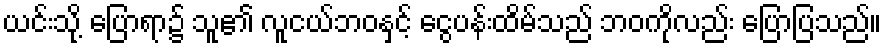
ယင်းသို့ ပြောရာ၌ သူ၏ လူငယ်ဘဝနှင့် ငွေပန်းထိမ်သည် ဘဝကိုလည်း ပြောပြသည်။